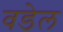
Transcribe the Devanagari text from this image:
वडेल